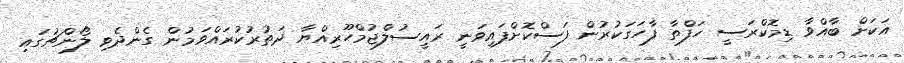
އަކަށް ބާއްވާ ޑިމޮކްރަސީ ހަފްތާ ފާހަގަކުރުން ފަސްކޮށްފައިވަނީ ރައީސުލްޖުމްހޫރިއްޔާ ދަތުރުކުރައްވަމުން ގެންދެވި ލޯންޗުގައި